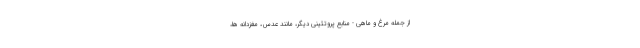
از جمله مرغ و ماهی - منابع پروتئینی دیگر، مانند عدس، مغزدانه ها،